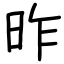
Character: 昨